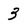
Character: 3